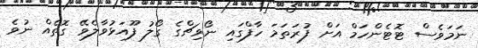
ނަމަވެސް ޓޮޓެންހަމް އަށް ފުރަތަމަ ހާފްގައި ނޯވިޗްގެ ގޯލު ފޫއަޅުވާލެވޭ ގޮތެއް ނުވެ